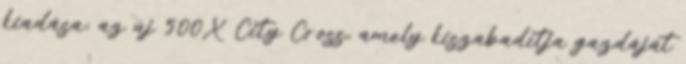
kiadása; az új 500X City Cross, amely kiszabadítja gazdáját